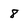
Character: 8